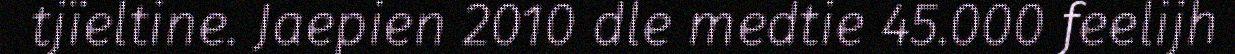
tjïeltine. Jaepien 2010 dle medtie 45.000 feelijh